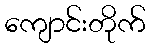
ကျောင်းတိုက်